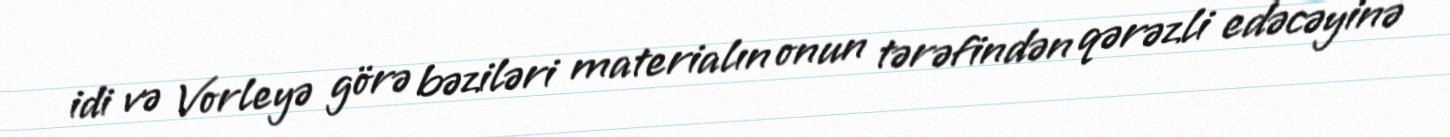
idi və Vorleyə görə bəziləri materialın onun tərəfindən qərəzli edəcəyinə